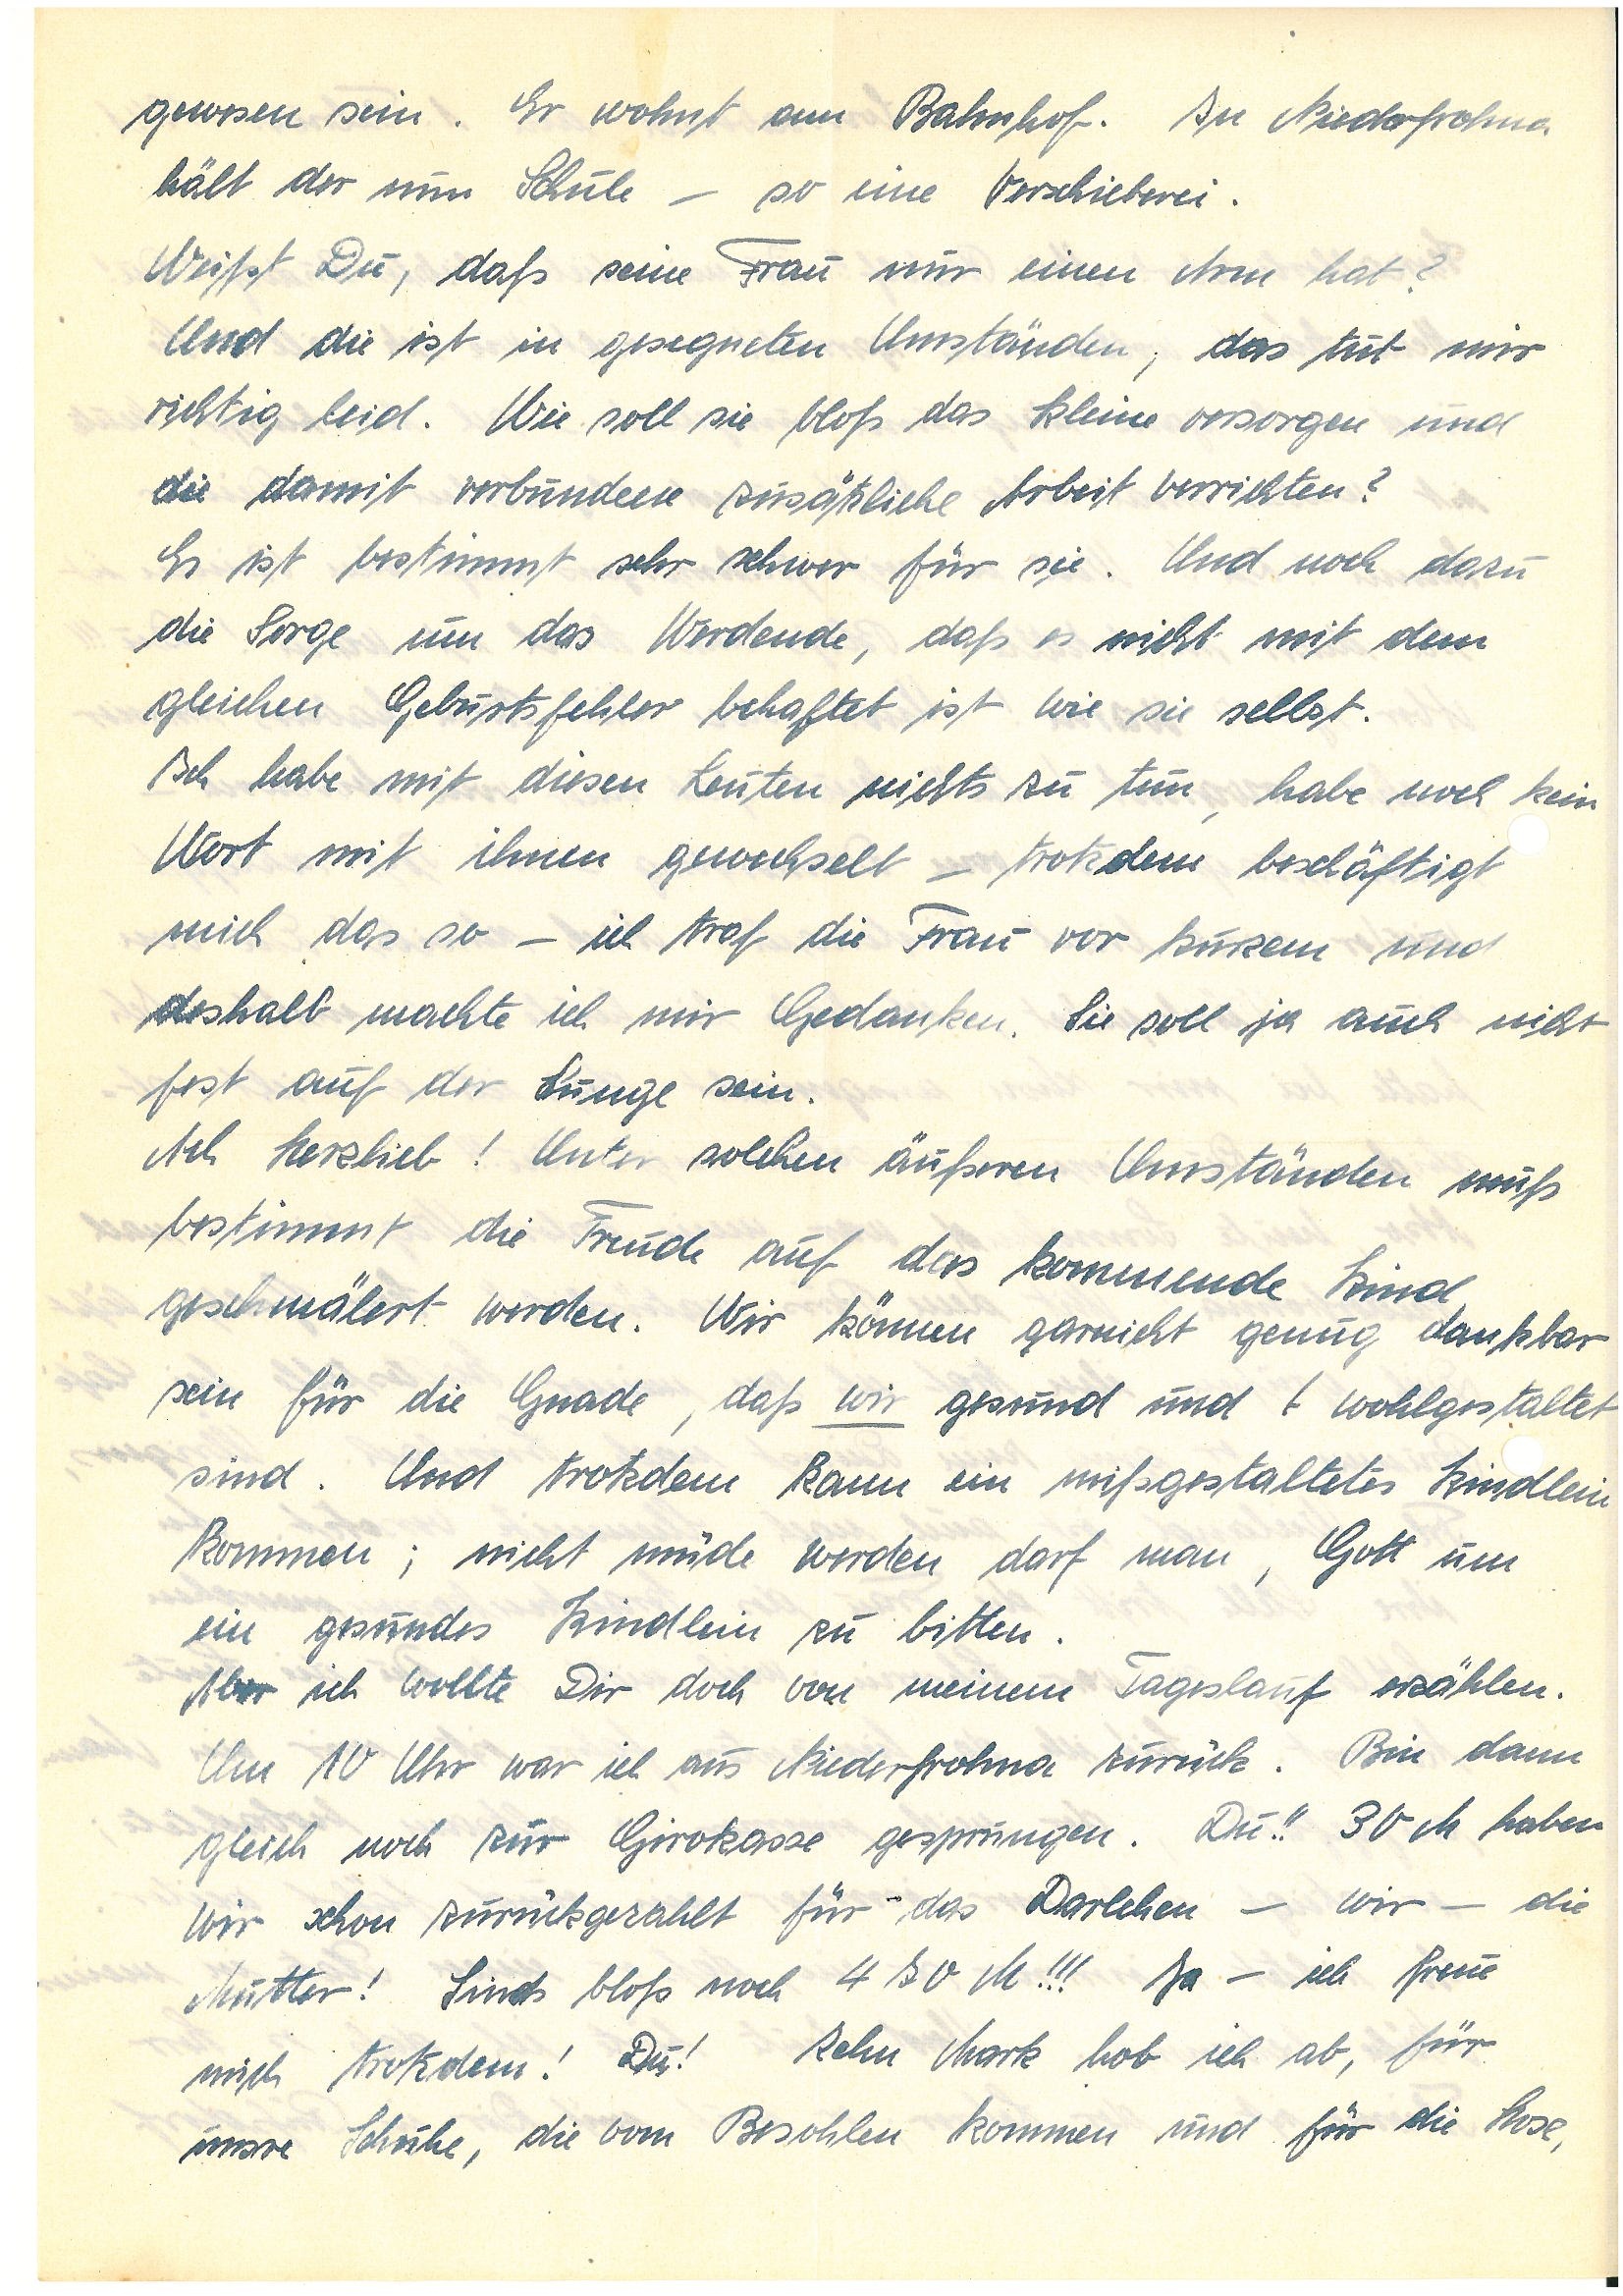
gewesen sein. Er wohnt am Bahnhof. In N.
hält der nun Schule – so eine Verschieberei.
Weißt Du, daß seine Frau nur einen Arm hat?
Und die ist in gesegneten Umständen, das tut mir
richtig leid. Wie soll sie bloß das Kleine versorgen und
die damit verbundene zusätzliche Arbeit verrichten?
Es ist bestimmt sehr schwer für sie. Und noch dazu
die Sorge um das Werdende, daß es nicht mit dem
gleichen Geburtsfehler behaftet ist wie sie selbst.
Ich habe mit diesen Leuten nichts zu tun, habe noch kein
Wort mit ihnen gewechselt – trotzdem beschäftigt
mich das so – ich traf die Frau vor kurzem und
deshalb machte ich mir Gedanken. Sie soll ja auch nicht
fest auf der Lunge sein.
Ach Herzlieb! Unter solchen äußeren Umständen muß
bestimmt die Freude auf das kommende Kind
geschmälert werden. Wir können garnicht genug dankbar
sein für die Gnade, daß wir gesund und wohlgestaltet
sind. Und trotzdem kann ein mißgestaltetes Kindlein
kommen; nicht müde werden darf man, Gott um
ein gesundes Kindlein zu bitten.
Aber ich wollte Dir doch von meinem Tageslauf erzählen.
Um 10 Uhr war ich aus N. zurück. Bin dann
gleich noch zur Girokasse gesprungen. Du!! 30 M haben
wir schon zurückgezahlt für das Darlehen – wir – die
Mutter! Sinds bloß noch 470 M!!! Ja – ich freue
mich trotzdem! Du! Zehn Mark hob ich ab, für
unsere Schuhe, die vom Besohlen kommen und für die Hose,